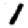
Digit: 1